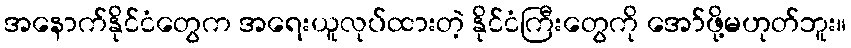
အနောက်နိုင်ငံတွေက အရေးယူလုပ်ထားတဲ့ နိုင်ငံကြီးတွေကို အော်ဖို့မဟုတ်ဘူး။